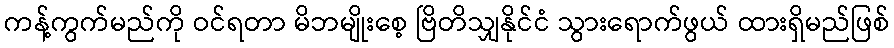
ကန့်ကွက်မည်ကို ဝင်ရတာ မိဘမျိုးစေ့ ဗြိတိသျှနိုင်ငံ သွားရောက်ဖွယ် ထားရှိမည်ဖြစ်